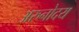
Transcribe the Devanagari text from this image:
अरुनोदय